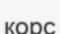
қорс